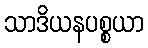
သာဒိယနပစ္စယာ